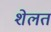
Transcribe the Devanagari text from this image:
शेलत